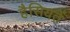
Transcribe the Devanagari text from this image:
हैसियतें